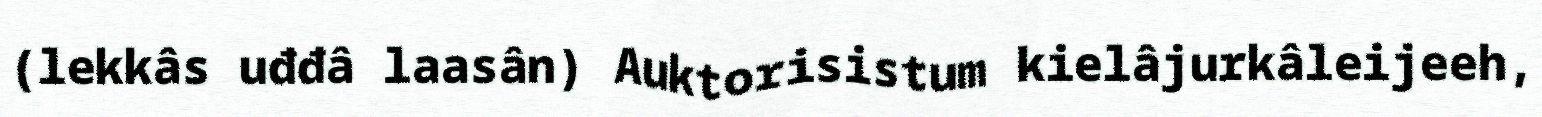
(lekkâs uđđâ laasân) Auktorisistum kielâjurkâleijeeh,